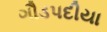
ગૌડપદીયા